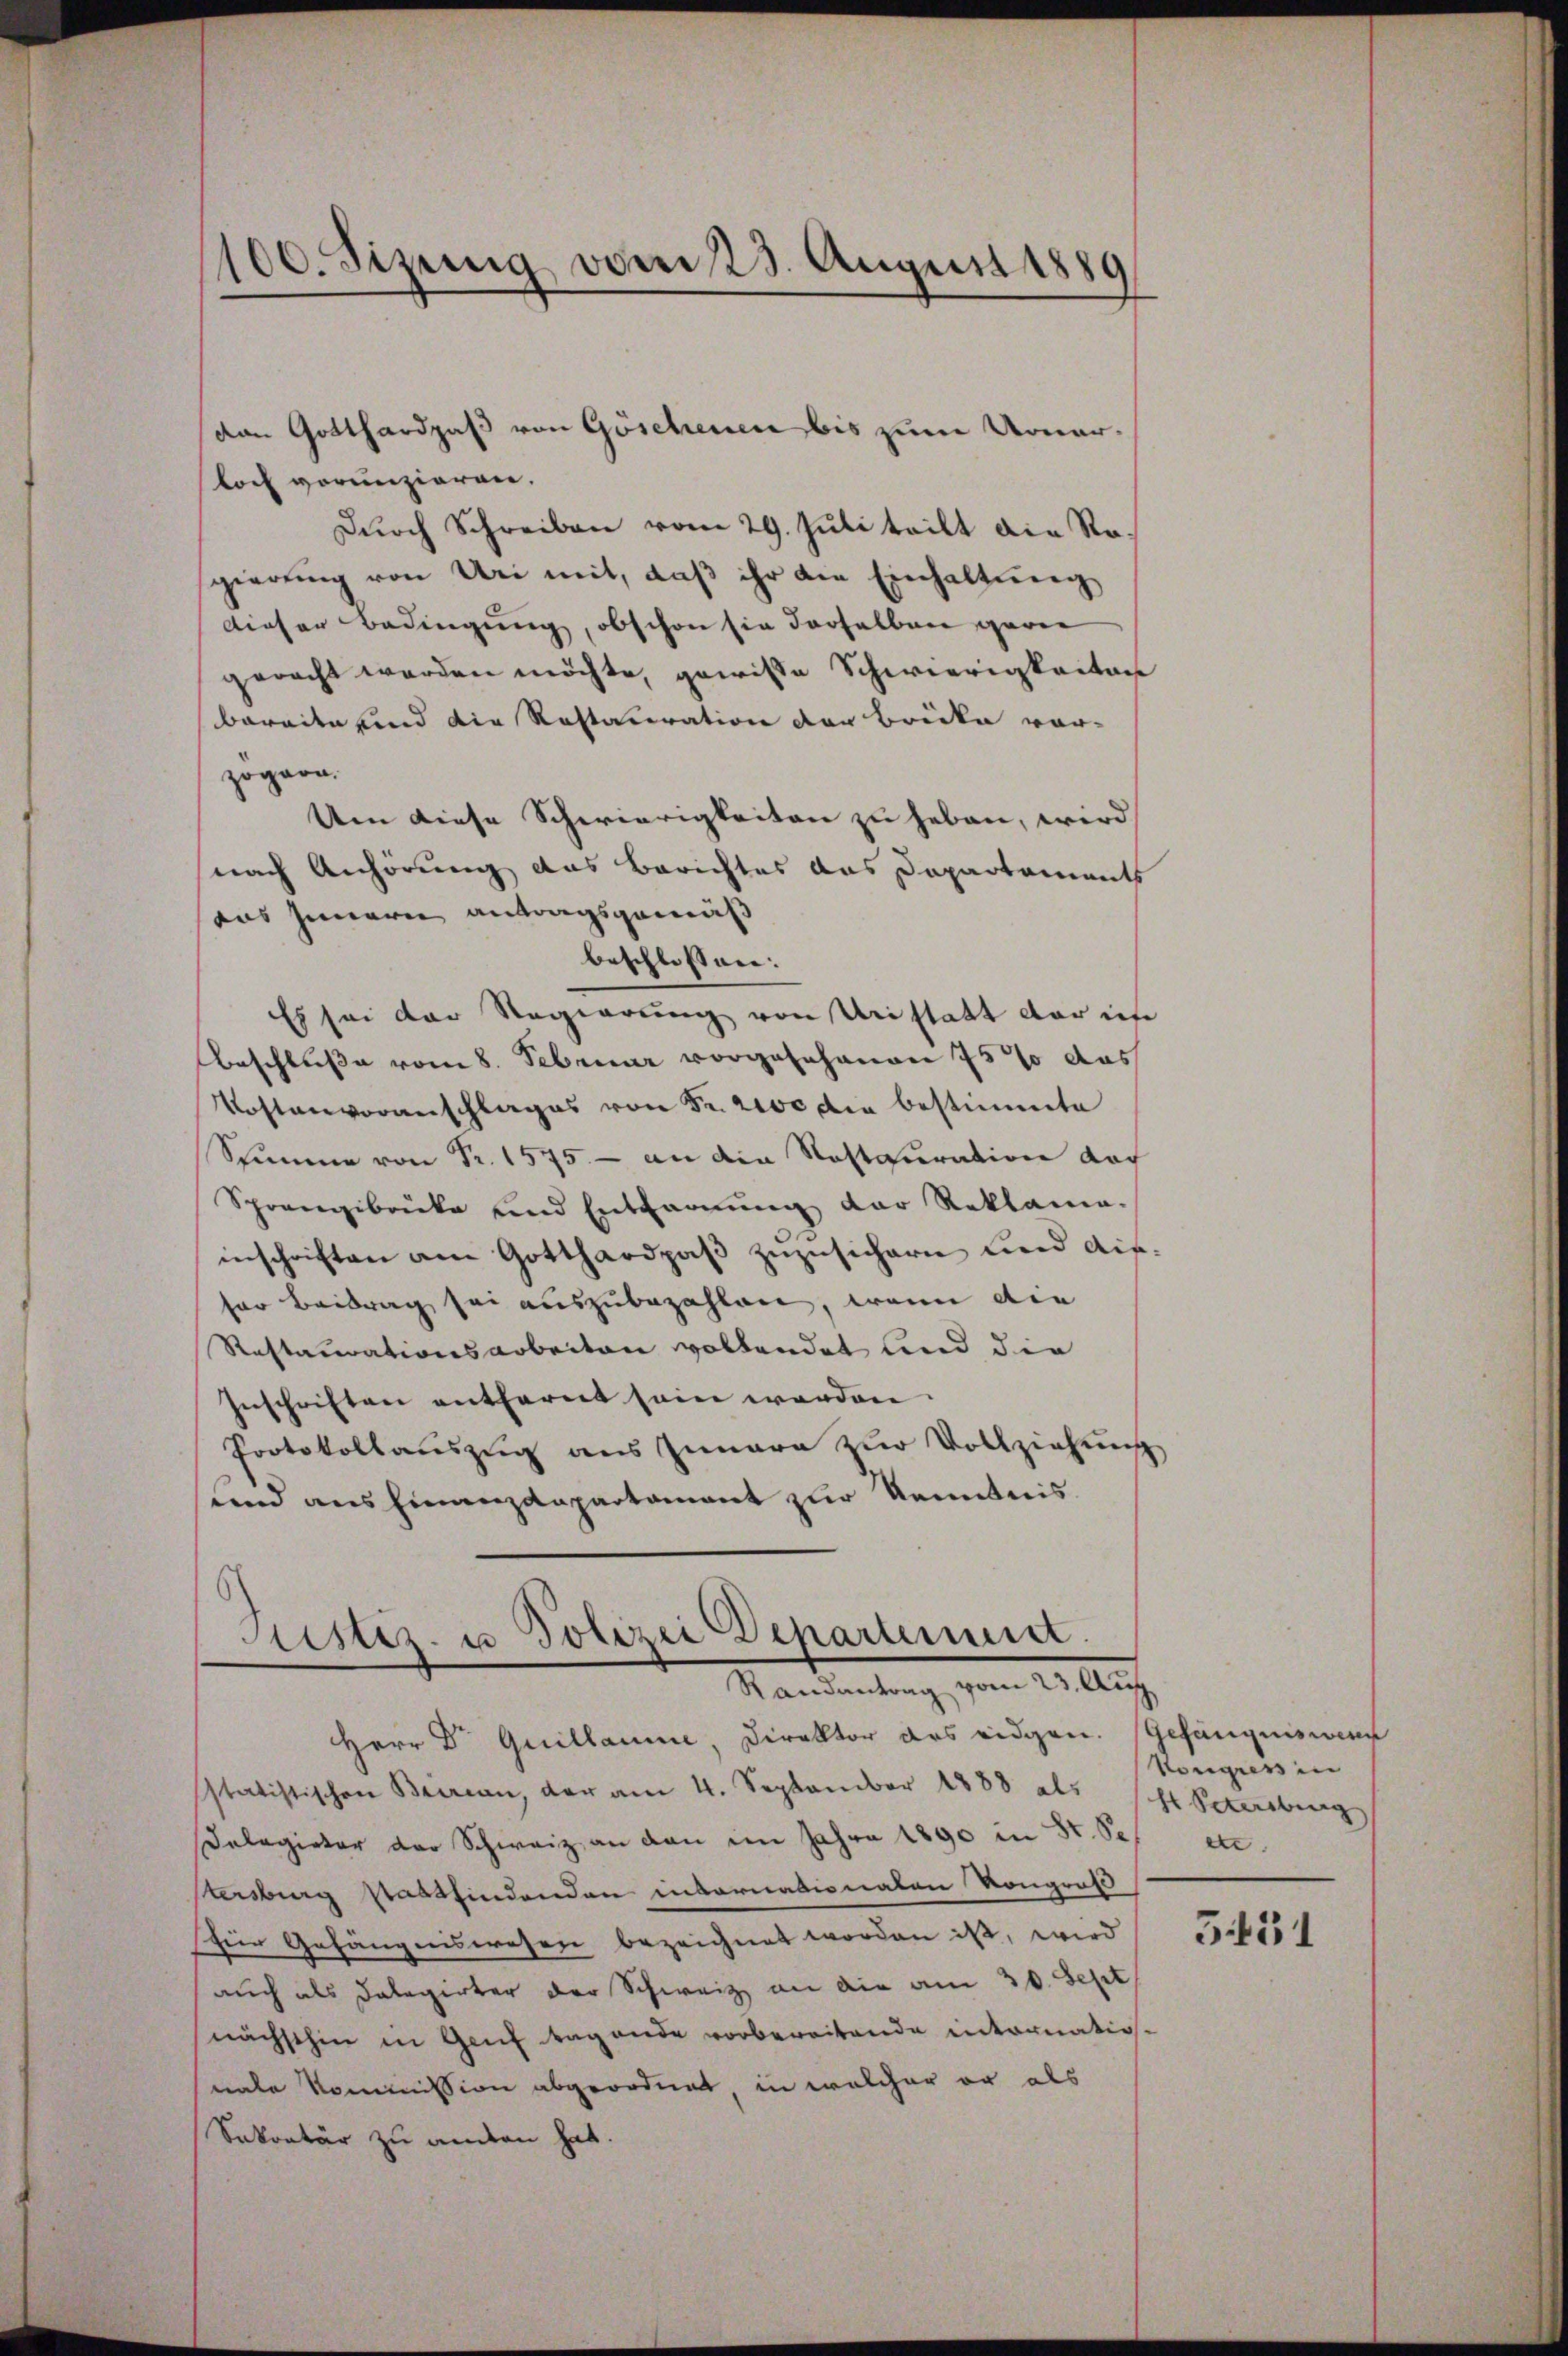
100. Sizung vom 23. August 1889

loch voranzieren,
Durch Schreiben vom 29. Juli teilt die Rogierung von Uri mit, daß ihr die Einhaltung
dieser Bedingung, obschon sie derselben garni
geracht werden möchte, gewisse Schwierigkeiten
bereite und die Restauration der Brücke vor-
zögern.
Um diese Schwierigkeiten zu heben, wird
nach Anhörung des Berichtes das Departements
aas Innern antragsgemäß
beschlossen:
Es sei der Regierung von Urstatt der in
Beschluße vom 8. Februar vorgesehenen 75% das
Vostenvoranschlages von Sr. 200 die bestimmte
Stumme von Fr. 1575 - an die Nastauration doch
Sprangibrücke und Entfarnung der Reklama.
inschriften am Gotthardpaβ zŭzŭsichern und die-
ser Beitrag sei auszubezahlen, wenn die
Restaurationsarbeiten vollendet und die
Inschriften entfernt sein werden.
Protokollaŭszŭg aŭs Iunara zŭr Vollziehŭng
und ausfinanzdepartament zur Kenntnis.

van Gotthardpaß von Göschenen bis zum Monar-

Justiz- u Polizei Departement.
Randantrag vom 23. Aug.

Herr Dr. Quillaue Direktor des eidgen. Gefängniswien
statistischen Beirian, der am 4. September 1888 als Petersburg
Selagieter der Schweiz an den im Jahre 1890 in St. Se etc.
Vtersburg stattfindenden insornationaten Kongruß
für Gefängniswesen bezeichnet worden ist, wird
auch als Delegirter der Schweiz an die am 30. Sept
nächsthin in Genf begande vorbereitende internationale Kommission abgeordnet, in welcher er als
Sekretär zu anden hat.

Kongress in

351